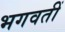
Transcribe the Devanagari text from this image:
भगवतीं